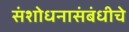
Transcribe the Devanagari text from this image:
संशोधनासंबंधीचे